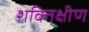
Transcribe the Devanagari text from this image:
शक्तिक्षीण